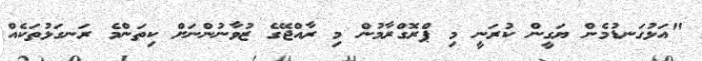
"އަޅުގަނޑުމެން ޔަގީން ކުރަނީ މި ޕްރޮގްރާމުން މި ރާއްޖޭގެ ޒުވާނުންނަށް ކިތަންމެ ރަނގަޅުތަކެއް